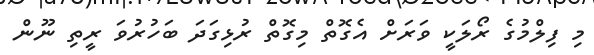
މި ފިލްމުގެ ރޯލަކީ ވަރަށް އެގޮތް މިގޮތް ރުޅިގަދަ ބަހުރުވަ ރީތި ނޫން